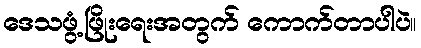
ဒေသဖွံ့ဖြိုးရေးအတွက် ကောက်တာပါပဲ။